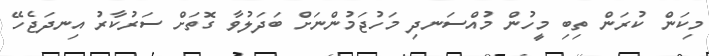
މިކަން ކުރަން ތިބި މީހުން މުއްސަނދި މަހުޖަމުންނަށް ބަދަލުވާ ގޮތަށް ސަރުކާރު އިނދަޖެހޭ